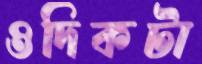
ওদিকটা